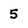
Character: 5